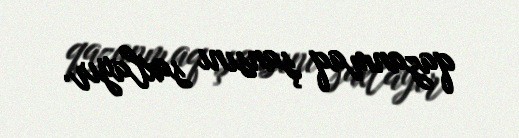
qazanmaq şansını saxlayır.